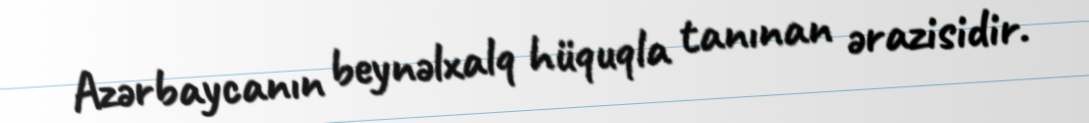
Azərbaycanın beynəlxalq hüquqla tanınan ərazisidir.